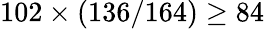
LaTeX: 102\times(136/164)\geq 84